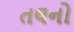
તલનો